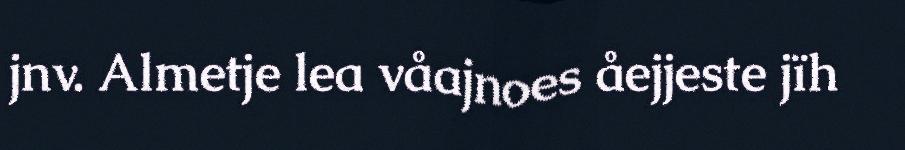
jnv. Almetje lea våajnoes åejjeste jïh